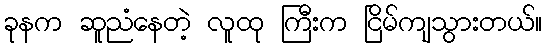
ခုနက ဆူညံနေတဲ့ လူထု ကြီးက ငြိမ်ကျသွားတယ်။